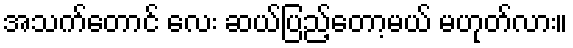
အသက်တောင် လေး ဆယ်ပြည့်တော့မယ် မဟုတ်လား။